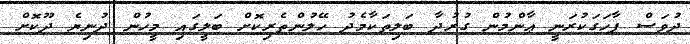
ދުވަސް ފާހަގަކުރަނީ ޢާންމުން ގުރުދާ ބަލިތަކާމެދު ހޭލުންތެރިކޮށް ބަލީގައި މީހުން ދުނިޔެ ދޫކޮށް